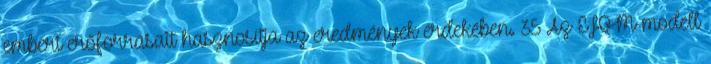
emberi erőforrásait hasznosítja az eredmények érdekében. 35 Az EFQM-modell